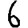
Digit: 6